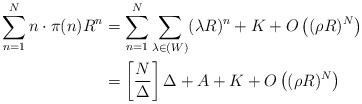
LaTeX: \begin{align*}\sum_{n=1}^{N} n \cdot \pi(n) R^{n} &= \sum_{n=1}^{N} \sum_{\lambda \in (W)} (\lambda R)^{n}+ K+ O \left( (\rho R)^{N} \right) \\&= \left[ \frac{N}{\Delta} \right] \Delta+ A+ K+ O \left( (\rho R)^{N} \right)\end{align*}